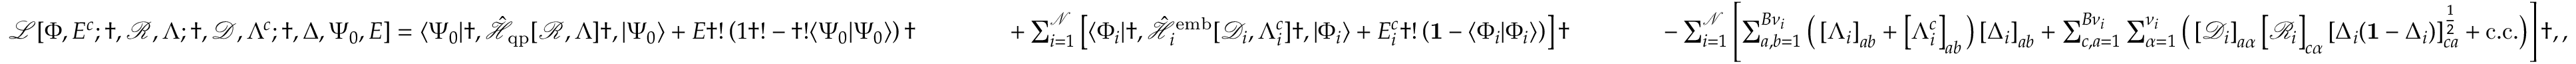
\begin{array} { r l r l r l r } & { } & { \mathcal { L } [ { \Phi } , E ^ { c } ; \dag , \mathcal { R } , \Lambda ; \dag , \mathcal { D } , \Lambda ^ { c } ; \dag , \Delta , \Psi _ { 0 } , E ] = \langle \Psi _ { 0 } | \dag , \hat { \mathcal { H } } _ { \mathrm { q p } } [ \mathcal { R } , \Lambda ] \dag , | \Psi _ { 0 } \rangle + E \dag ! \left( 1 \dag ! - \dag ! \langle \Psi _ { 0 } | \Psi _ { 0 } \rangle \right) \dag } & { } & { \quad \quad + \sum _ { i = 1 } ^ { \mathcal { N } } \left[ \langle \Phi _ { i } | \dag , \hat { \mathcal { H } } _ { i } ^ { \mathrm { e m b } } [ \mathcal { D } _ { i } , \Lambda _ { i } ^ { c } ] \dag , | \Phi _ { i } \rangle + E _ { i } ^ { c } \dag ! \left( \mathbf { 1 } - \langle \Phi _ { i } | \Phi _ { i } \rangle \right) \right] \dag } & { } & { \quad \quad - \sum _ { i = 1 } ^ { \mathcal { N } } \left[ \sum _ { a , b = 1 } ^ { B { \nu } _ { i } } \big ( \left[ \Lambda _ { i } \right] _ { a b } + \left[ \Lambda _ { i } ^ { c } \right] _ { a b } \big ) \left[ \Delta _ { i } \right] _ { a b } + \sum _ { c , a = 1 } ^ { B { \nu } _ { i } } \sum _ { \alpha = 1 } ^ { \nu _ { i } } \big ( \left[ \mathcal { D } _ { i } \right] _ { a \alpha } \left[ \mathcal { R } _ { i } \right] _ { c \alpha } \left[ \Delta _ { i } ( \mathbf { 1 } - \Delta _ { i } ) \right] _ { c a } ^ { \frac { 1 } { 2 } } + \mathrm { c . c . } \big ) \right] \dag , , } \end{array}